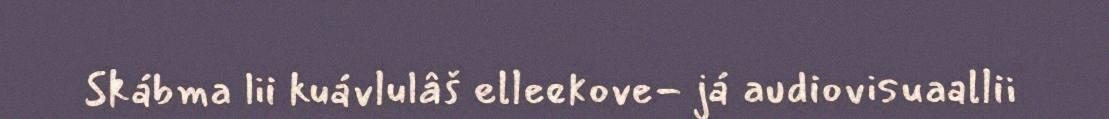
Skábma lii kuávlulâš elleekove- já audiovisuaallii